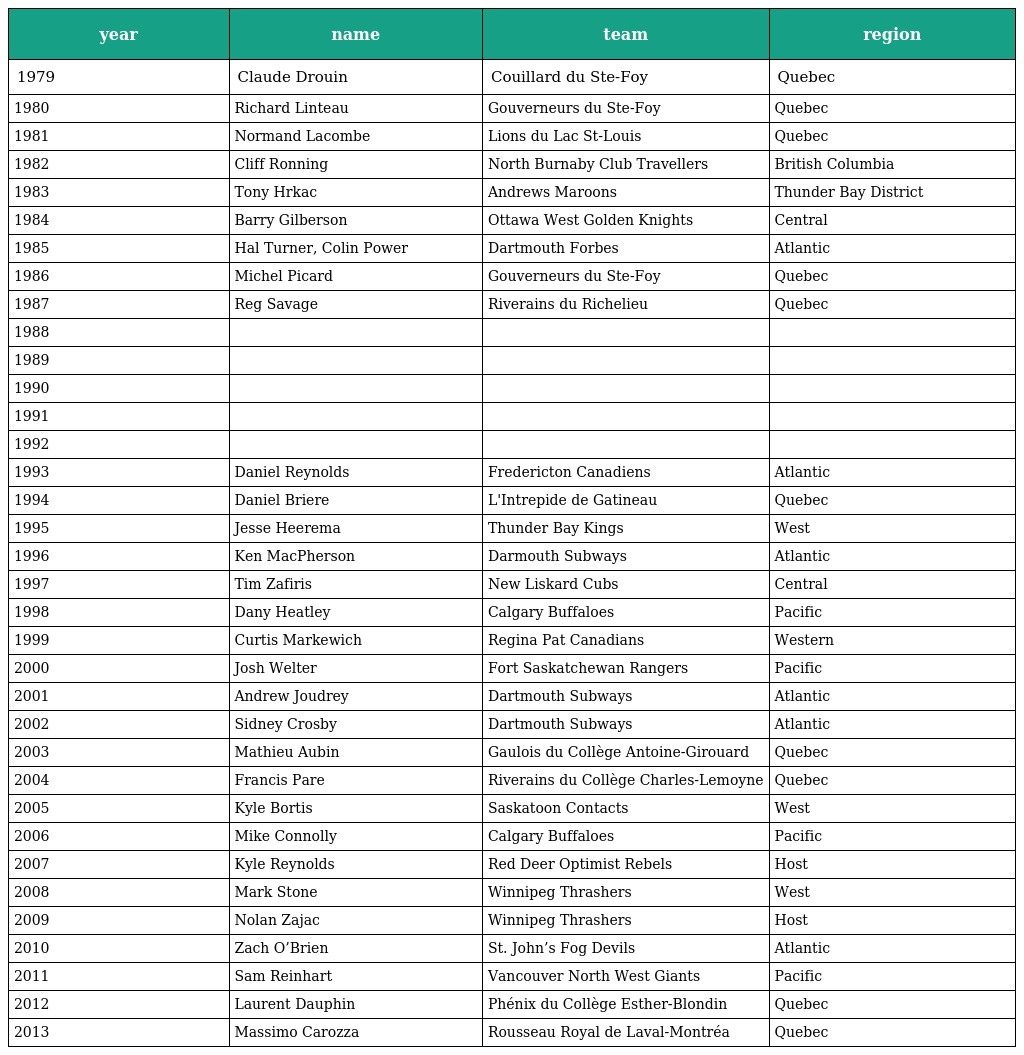
| year | name | team | region |
 | --- | --- | --- | --- |
 | 1979 | Claude Drouin | Couillard du Ste-Foy | Quebec |
 | 1980 | Richard Linteau | Gouverneurs du Ste-Foy | Quebec |
 | 1981 | Normand Lacombe | Lions du Lac St-Louis | Quebec |
 | 1982 | Cliff Ronning | North Burnaby Club Travellers | British Columbia |
 | 1983 | Tony Hrkac | Andrews Maroons | Thunder Bay District |
 | 1984 | Barry Gilberson | Ottawa West Golden Knights | Central |
 | 1985 | Hal Turner, Colin Power | Dartmouth Forbes | Atlantic |
 | 1986 | Michel Picard | Gouverneurs du Ste-Foy | Quebec |
 | 1987 | Reg Savage | Riverains du Richelieu | Quebec |
 | 1988 |  |  |  |
 | 1989 |  |  |  |
 | 1990 |  |  |  |
 | 1991 |  |  |  |
 | 1992 |  |  |  |
 | 1993 | Daniel Reynolds | Fredericton Canadiens | Atlantic |
 | 1994 | Daniel Briere | L'Intrepide de Gatineau | Quebec |
 | 1995 | Jesse Heerema | Thunder Bay Kings | West |
 | 1996 | Ken MacPherson | Darmouth Subways | Atlantic |
 | 1997 | Tim Zafiris | New Liskard Cubs | Central |
 | 1998 | Dany Heatley | Calgary Buffaloes | Pacific |
 | 1999 | Curtis Markewich | Regina Pat Canadians | Western |
 | 2000 | Josh Welter | Fort Saskatchewan Rangers | Pacific |
 | 2001 | Andrew Joudrey | Dartmouth Subways | Atlantic |
 | 2002 | Sidney Crosby | Dartmouth Subways | Atlantic |
 | 2003 | Mathieu Aubin | Gaulois du Collège Antoine-Girouard | Quebec |
 | 2004 | Francis Pare | Riverains du Collège Charles-Lemoyne | Quebec |
 | 2005 | Kyle Bortis | Saskatoon Contacts | West |
 | 2006 | Mike Connolly | Calgary Buffaloes | Pacific |
 | 2007 | Kyle Reynolds | Red Deer Optimist Rebels | Host |
 | 2008 | Mark Stone | Winnipeg Thrashers | West |
 | 2009 | Nolan Zajac | Winnipeg Thrashers | Host |
 | 2010 | Zach O’Brien | St. John’s Fog Devils | Atlantic |
 | 2011 | Sam Reinhart | Vancouver North West Giants | Pacific |
 | 2012 | Laurent Dauphin | Phénix du Collège Esther-Blondin | Quebec |
 | 2013 | Massimo Carozza | Rousseau Royal de Laval-Montréa | Quebec |